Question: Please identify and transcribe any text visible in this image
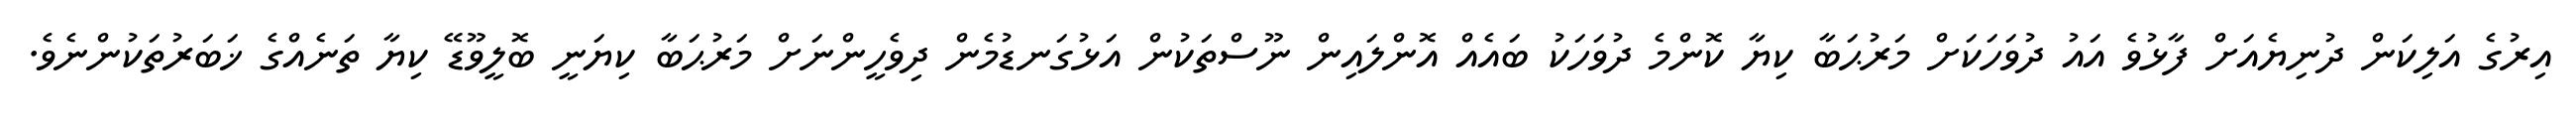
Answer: އިރުގެ އަލިކަން ދުނިޔެއަށް ފާޅުވެ އައު ދުވަހަކަށް މަރުޙަބާ ކިޔާ ކޮންމެ ދުވަހަކު ބައެއް އޮންލައިން ނޫސްތަކުން އަޅުގަނޑުމެން ދިވެހީންނަށް މަރުޙަބާ ކިޔަނީ ބޮލީވޫޑޭ ކިޔާ ތަނެއްގެ ޚަބަރުތަކުންނެވެ.